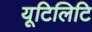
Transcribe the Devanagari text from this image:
यूटिलिटि